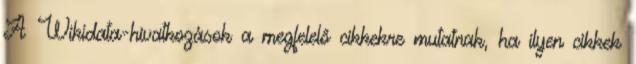
A Wikidata-hivatkozások a megfelelő cikkekre mutatnak, ha ilyen cikkek